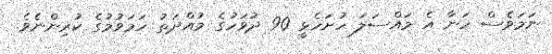
ނަމަވެސް ހަނާ އެ މައްސަލަ ހުށަހެޅީ 90 ދުވަހުގެ މުއްދަތު ހަމަވުމުގެ ކުރިންނެވެ.